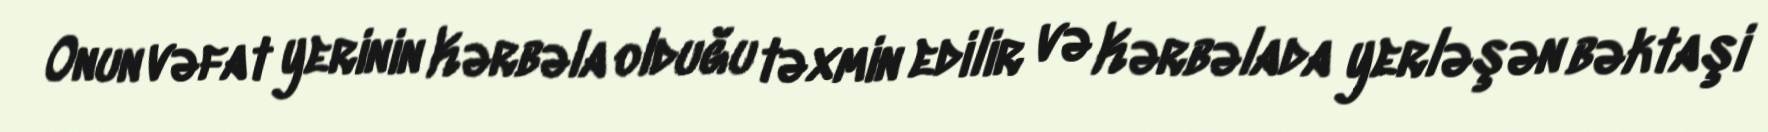
Onun vəfat yerinin Kərbəla olduğu təxmin edilir və Kərbəlada yerləşən bəktaşi